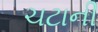
ચટાની